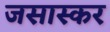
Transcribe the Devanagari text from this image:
जसास्कर